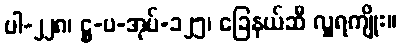
ပါ-၂၂၈၊ ဋ္ဌ-ပ-အုပ်-၁၂၅၊ ခြေနယ်ဆီ လှူရကျိုး။